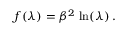
f ( \lambda ) = \beta ^ { 2 } \, \ln ( \lambda ) \, .